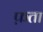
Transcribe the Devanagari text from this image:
फ़ता